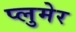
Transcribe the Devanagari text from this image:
प्लुमेर